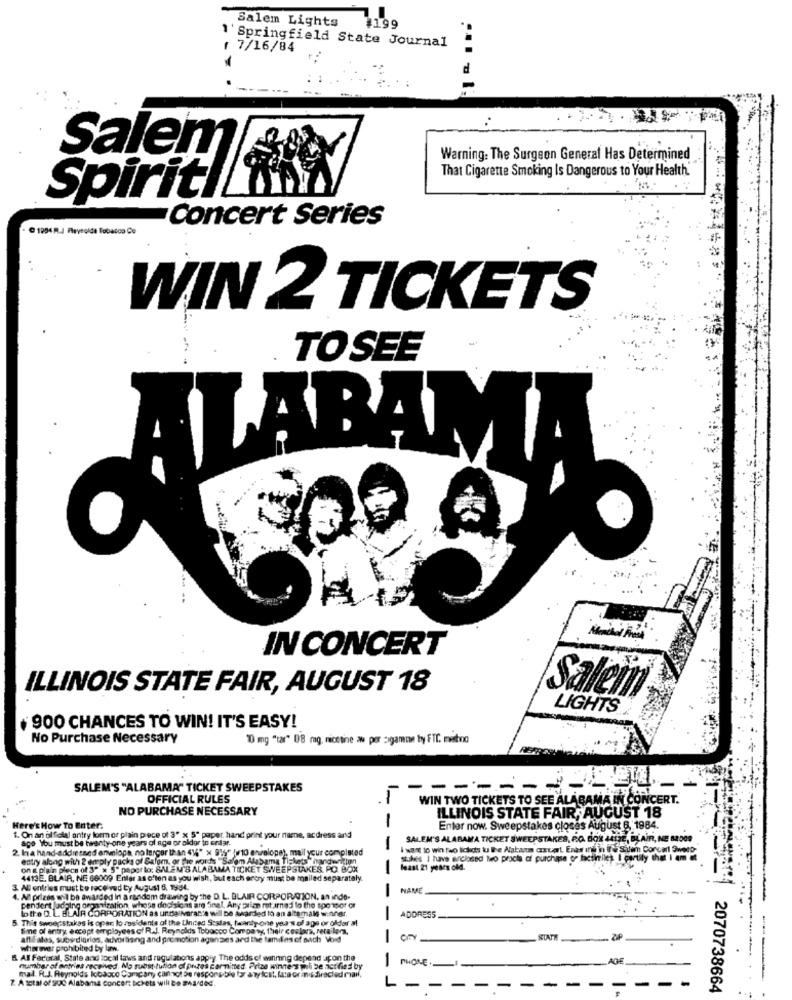
Salem Lights
4199
1' Springfield State Journal
( 7/16/84
Salem
Warning: The Surgeon General Has Determined
That Cigarette Smoking Is Dangerous to Your Health"
Spiritl
Concert Series
C 1994 R.J Reynolda Tobacco Co
WIN 2 TICKETS
TOSEE
IN CONCERT
ILLINOIS STATE FAIR, AUGUST 18
Salein
LIGHTS
900 CHANCES TO WIN! IT'S EASY!
No Purchase Necessary
10 mg "tar" 08 mg. nicotine aw por sigamon by FTC. mebno
SALEM'S "ALABAMA" TICKET SWEEPSTAKES
------
OFFICIAL RULES
WIN TWO TICKETS TO SEE ALABAMA IN CONCERT.
NO PURCHASE NECESSARY
ILLINOIS STATE FAIR, AUGUST 18
-
Here's How To Enter.
1. On an ol folal antry form or plain piece of 3" x 5" paper, hand print your name, acdress and
Enter now. Sweepstakes closes August 6, 1984.
age You must be twenty-one years of age or aldor to endar.
-
SALEM'S ALABAMA TICKET SWEEPSTAKES, P.O. BOX 4413E, BL
JE, BLAIR, NE
2. Ina hand-addressed envelopa, no larger than 414" x 91%" {/10 envelope), mail your completed
wat to win teo lichds tu le Natan covat. Ents ing in it's Siem Concal 9
entry along with 2 emply packs of Salem, or the words "Salem Alabama Tickets" handwritten
stokes I have erclosed Mo procis of purchase of factiniles I eartily that I
on a plain piece of 3" x 5" paper to: SALEM'S ALABAMA TICKET SWEEPSTAKES. PO. BOX
least 21 years old.
4413E, BLAIR, NE 66009 Enter as often as you wish, but each artry must be mailed separately.
3. All entries must be received ty August 6, 1984.
NAME
4. All prizes will be awarded In a random drawing by the D. L. BLAIR CORPORATION, an inde-
pendent judging organization, whose decisions are final. Any primo mot arnad to the sponsor or
lotte D. L. BLAIR CORPORATION as unda Norante will be awarded to an altemal w.ofer.
5. This sweepstakes is oper lo residents of the Linned Scalas, twenty one years of age or older a
ADDRESS
Sme of antry, except employees of R.J. Reynolds Tobacco Company, their ceslara, retailna,
affifalas, subirdiarios, advertising and promotion agenzies and the tamdies of sach Void
STATE
wherever prohibited by law
8. All Faroral, State and local laws and regulations apply. The odds of winning depend upon the
PHONE .
number of antries received. No substitution of prizes carmitted. Prise winne's will be ict fied by
mal. R.J. Reynolds Iobaoco Company cannot be responsible for anylost, lata orand directed mail.
7. A total of 900 Alabama Concer: Schets will Be awarded.
2070738664